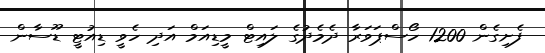
ފެށިގެން 1200 ހޯސްޕަވަރާ ދެމެދުގެ ލައިޓް މީޑިއަމް އަދި ހެވީ ޑިއުޓީ ޑޫސާން